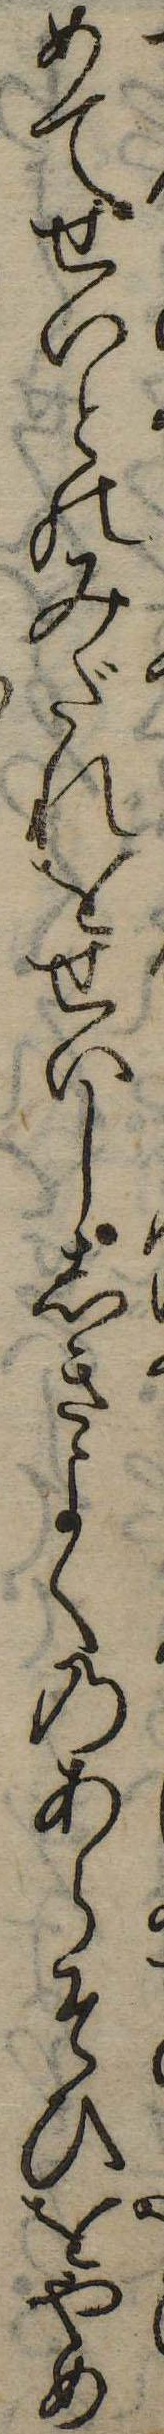
めてせいとのみだれをせいししきよくのあらそひをやめ